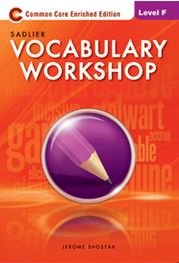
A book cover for Vocabulary Workshop: Level F; Jerome Shostak; Reference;